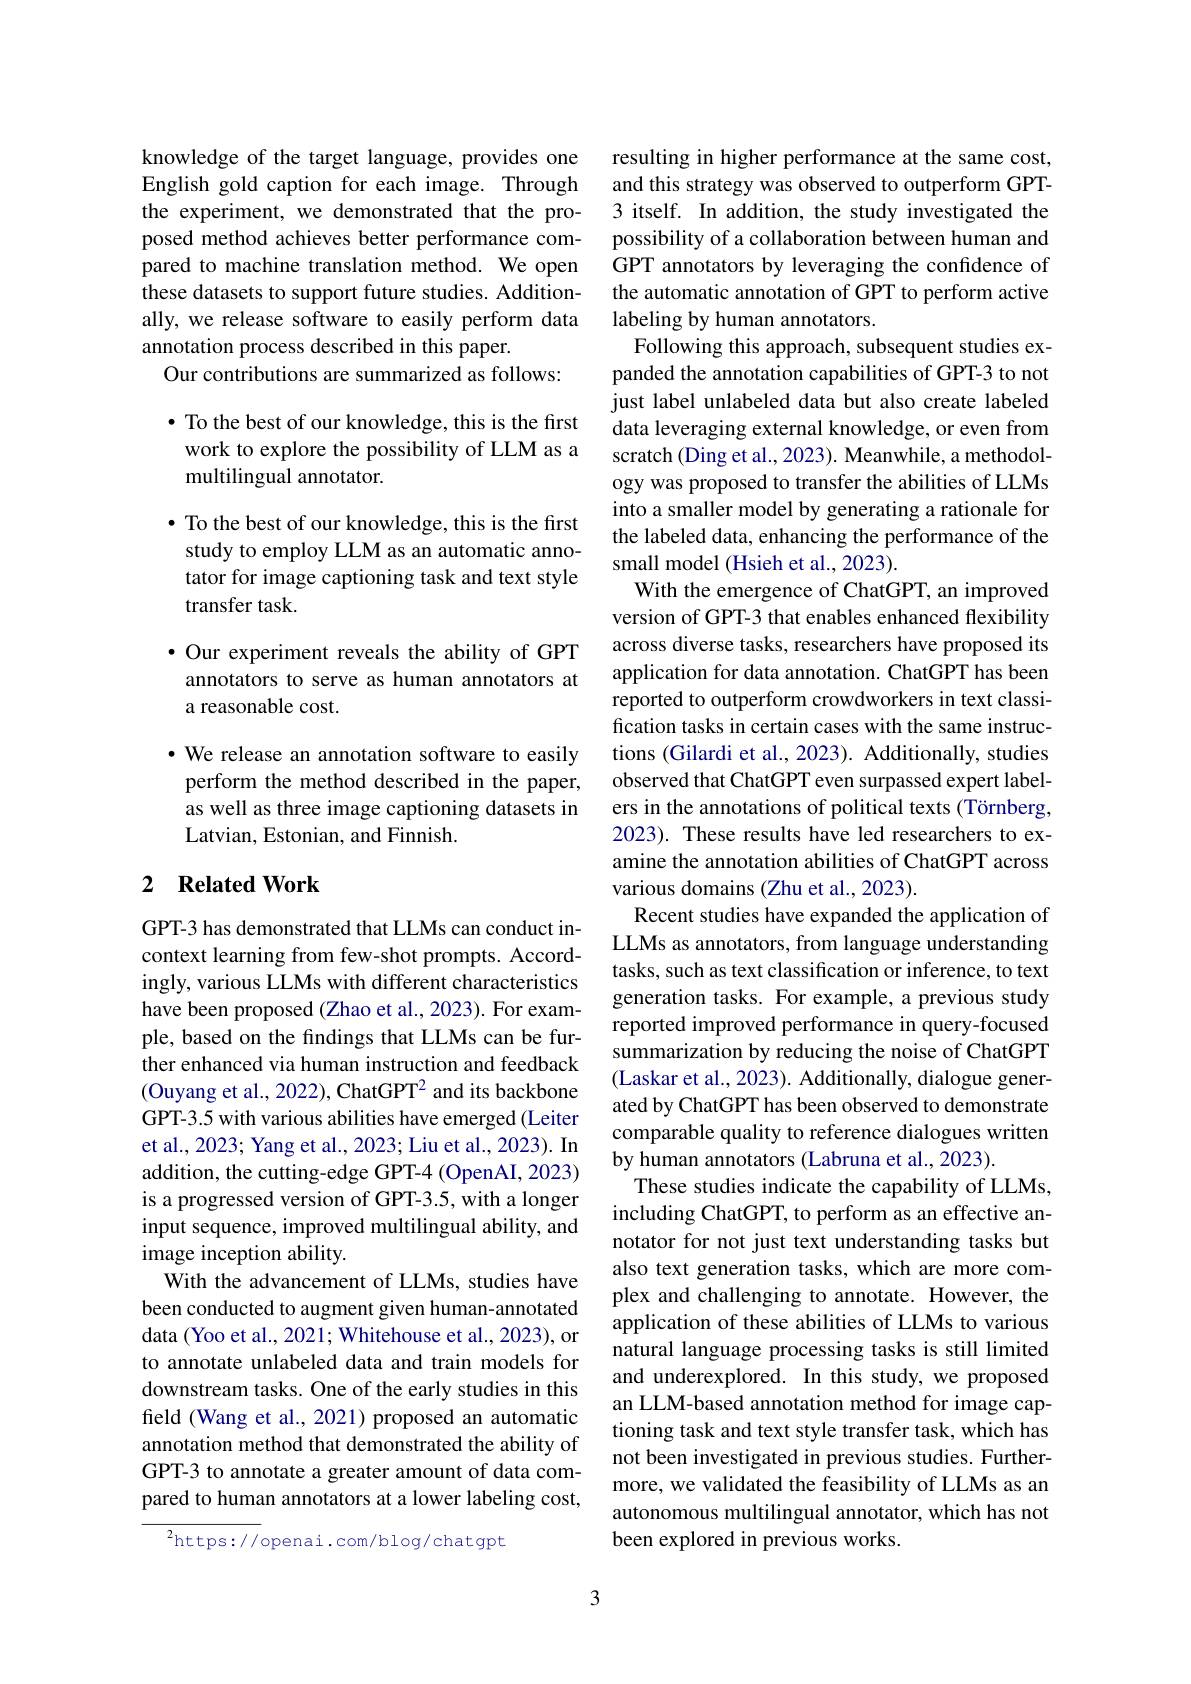
knowledge of the target language, provides one English gold caption for each image. Through the experiment, we demonstrated that the proposed method achieves better performance compared to machine translation method. We open these datasets to support future studies. Additionally, we release software to easily perform data annotation process described in this paper.
Our contributions are summarized as follows:

$\bullet$ To the best of our knowledge, this is the first
work to explore the possibility of LLM as a
multilingual annotator.

$\bullet$ To the best of our knowledge, this is the first study to employ LLM as an automatic annotator for image captioning task and text style transfer task.

$\bullet$ Our experiment reveals the ability of GPT annotators to serve as human annotators at a reasonable cost.
· We release an annotation software to easily perform the method described in the paper, as well as three image captioning datasets in Latvian, Estonian, and Finnish.

## 2 $\textbf{Related Work}$

GPT-3 has demonstrated that LLMs can conduct incontext learning from few-shot prompts. Accordingly, various LLMs with different characteristics have been proposed (Zhao et al., 2023). For example, based on the findings that LLMs can be further enhanced via human instruction and feedback (Ouyang et al., 2022), ChatGPT$^{2}$ and its backbone GPT-3.5 with various abilities have emerged (Leiter et al., 2023; Yang et al., 2023; Liu et al., 2023). In addition, the cutting-edge GPT-4 (OpenAI, 2023) is a progressed version of GPT-3.5, with a longer input sequence, improved multilingual ability, and image inception ability.
With the advancement of LLMs, studies have been conducted to augment given human-annotated data (Yoo et al., 2021; Whitehouse et al., 2023), or to annotate unlabeled data and train models for downstream tasks. One of the early studies in this field (Wang et al., 2021) proposed an automatic annotation method that demonstrated the ability of GPT-3 to annotate a greater amount of data compared to human annotators at a lower labeling cost,

$^2$https://openai.com/blog/chatgpt

resulting in higher performance at the same cost, and this strategy was observed to outperform GPT- 3 itself. In addition, the study investigated the possibility of a collaboration between human and GPT annotators by leveraging the confidence of the automatic annotation of GPT to perform active labeling by human annotators.
Following this approach, subsequent studies expanded the annotation capabilities of GPT-3 to not just label unlabeled data but also create labeled data leveraging external knowledge, or even from scratch (Ding et al., 2023). Meanwhile, a methodology was proposed to transfer the abilities of LLMs into a smaller model by generating a rationale for the labeled data, enhancing the performance of the small model (Hsieh et al., 2023).
With the emergence of ChatGPT, an improved version of GPT-3 that enables enhanced flexibility across diverse tasks, researchers have proposed its application for data annotation. ChatGPT has been reported to outperform crowdworkers in text classification tasks in certain cases with the same instructions (Gilardi et al., 2023). Additionally, studies observed that ChatGPT even surpassed expert labelers in the annotations of political texts (Törnberg, 2023). These results have led researchers to examine the annotation abilities of ChatGPT across various domains (Zhu et al., 2023).
Recent studies have expanded the application of LLMs as annotators, from language understanding tasks, such as text classification or inference, to text generation tasks. For example, a previous study reported improved performance in query-focused summarization by reducing the noise of ChatGPT (Laskar et al., 2023). Additionally, dialogue generated by ChatGPT has been observed to demonstrate comparable quality to reference dialogues written by human annotators (Labruna et al., 2023).
These studies indicate the capability of LLMs, including ChatGPT, to perform as an effective annotator for not just text understanding tasks but also text generation tasks, which are more complex and challenging to annotate. However, the application of these abilities of LLMs to various natural language processing tasks is still limited and underexplored. In this study, we proposed an LLM-based annotation method for image captioning task and text style transfer task, which has not been investigated in previous studies. Furthermore, we validated the feasibility of LLMs as an autonomous multilingual annotator, which has not been explored in previous works.

3